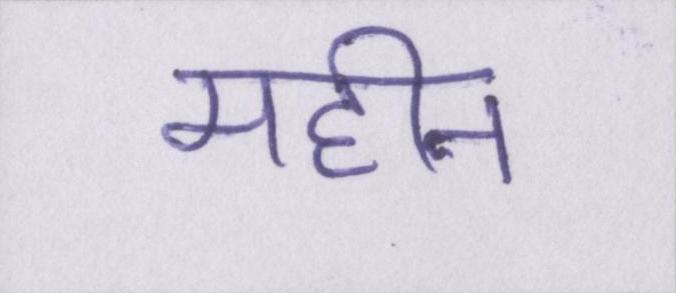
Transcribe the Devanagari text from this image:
महीन